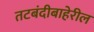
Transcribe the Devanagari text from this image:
तटबंदीबाहेरील